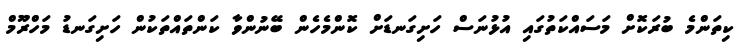
ކިތަންމެ ބުރަކޮށް މަސައްކަތުގައި އުޅުނަސް ހަށިގަނޑަށް ކޮންމެހެން ބޭނުންވާ ކަންތައްތަކުން ހަށިގަނޑު މަހްރޫމް